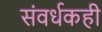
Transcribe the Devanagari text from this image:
संवर्धकही